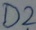
Text: D2